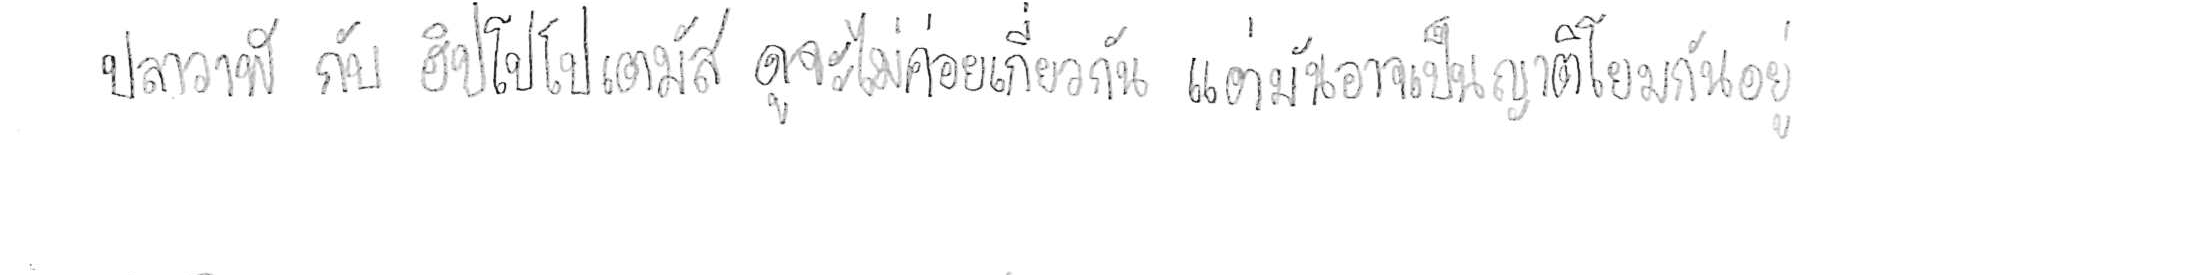
ปลาวาฬ กับ ฮิปโปโปเตมัส ดูจะไม่ค่อยเกี่ยวกัน แต่มันอาจเป็นญาติโยมกันอยู่